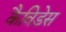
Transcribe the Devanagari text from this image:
कैविडेस